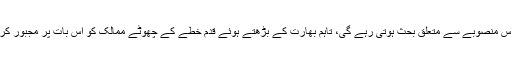
یقینا بیلٹ اینڈ روڈ منصوبے سے منسلک تمام ممالک میں اس منصوبے سے متعلق بحث ہوتی رہے گی، تاہم بھارت کے بڑھتے ہوئے قدم خطے کے چھوٹے ممالک کو اس بات پر مجبور کریں گے کہ وہ چین کے ساتھ اپنے تعلقات کو آگے بڑھائیں۔